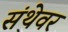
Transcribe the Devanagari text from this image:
संथेवर